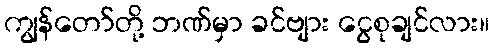
ကျွန်တော်တို့ ဘဏ်မှာ ခင်ဗျား ငွေစုချင်လား။